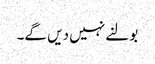
بولنے نہیں دیں گے۔